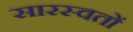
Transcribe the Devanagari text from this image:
सारस्वतों